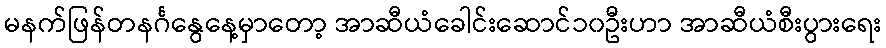
မနက်ဖြန်တနင်္ဂနွေနေ့မှာတော့ အာဆီယံခေါင်းဆောင်၁၀ဦးဟာ အာဆီယံစီးပွားရေး